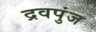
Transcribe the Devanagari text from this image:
द्रवपुंज